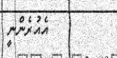
އެއުރެންނީ